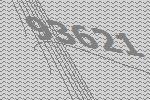
93621